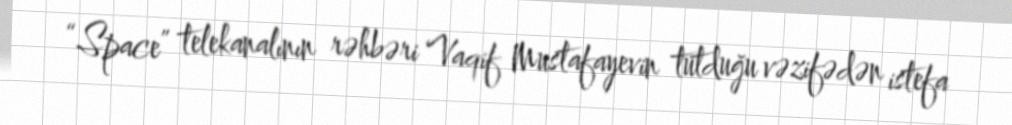
“Space” telekanalının rəhbəri Vaqif Mustafayevin tutduğu vəzifədən istefa